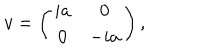
v = \left( \begin{array} { c c } { { i a } } & { { 0 } } \\ { { 0 } } & { { - i a } } \\ \end{array} \right) ,